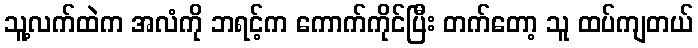
သူ့လက်ထဲက အလံကို ဘရင့်က ကောက်ကိုင်ပြီး တက်တော့ သူ ထပ်ကျတယ်